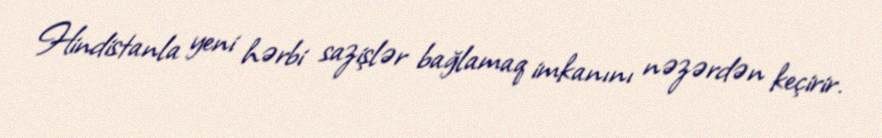
Hindistanla yeni hərbi sazişlər bağlamaq imkanını nəzərdən keçirir.